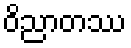
ဝိညာတဿ